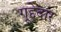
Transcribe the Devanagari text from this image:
गूद्देदार